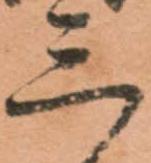
三